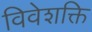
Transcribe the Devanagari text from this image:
विवेशक्ति